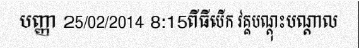
បញ្ញា 25/02/2014 8:15ពីធីបើក វគ្គបណ្តុះបណ្តាល